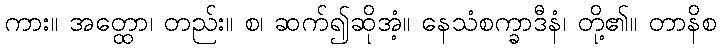
ကား။ အတ္ထော၊ တည်း။ စ၊ ဆက်၍ဆိုအံ့။ နေသံစက္ခာဒီနံ၊ တို့၏။ တာနိစ